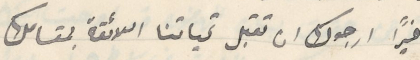
اخيرًا ارجوك ان تقبل تحياتنا اللائقة بمقامك